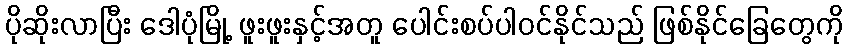
ပိုဆိုးလာပြီး ဒေါပုံမြို့ ဖူးဖူးနှင့်အတူ ပေါင်းစပ်ပါဝင်နိုင်သည် ဖြစ်နိုင်ခြေတွေကို